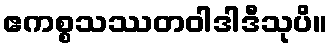
ဧကစ္စသဿတဝါဒါဒီသုပိ။